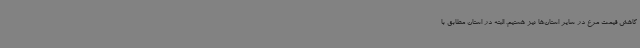
کاهش قیمت مرغ در سایر استان‌ها نیز هستیم. البته در استان مطابق با